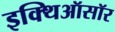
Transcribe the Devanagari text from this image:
इक्थिऑसॉर